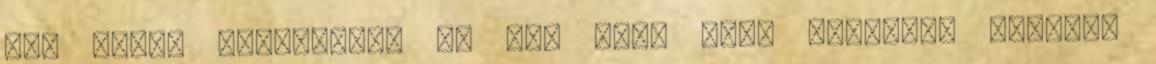
Nem tudom folytatni, ha nem vagy itt, Szeress, szeress